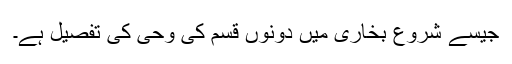
جیسے شروع بخاری میں دونوں قسم کی وحی کی تفصیل ہے۔